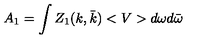
A _ { 1 } = \int Z _ { 1 } ( k , \bar { k } ) < V > d \omega d \bar { \omega }